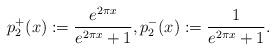
LaTeX: \begin{align*}p_2^+(x):=\frac{e^{2\pi x}}{e^{2\pi x}+1},p_2^-(x):=\frac{1}{e^{2\pi x}+1}.\end{align*}